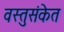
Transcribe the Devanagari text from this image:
वस्तुसंकेत